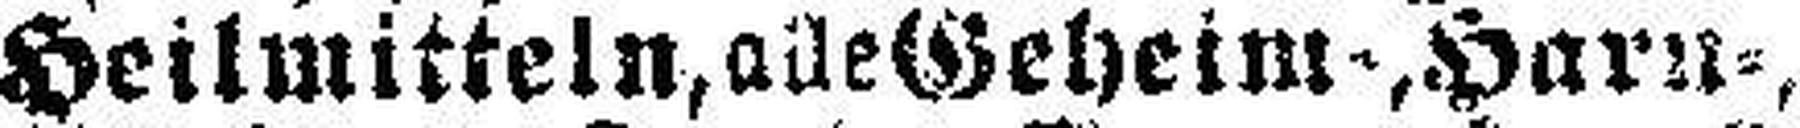
Heilmitteln, alle Geheim-, Harn-,